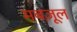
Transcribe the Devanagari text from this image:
मबज़ूल